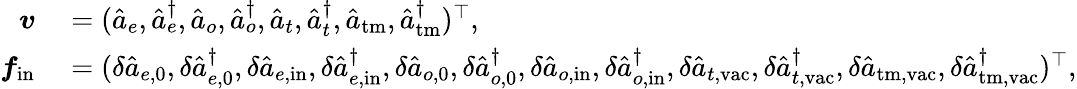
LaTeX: \begin{array}{rl}{\boldsymbol{v}}&{{}=(\hat{a}_{e},\hat{a}_{e}^{\dagger},\hat{a}_{o},\hat{a}_{o}^{\dagger},\hat{a}_{t},\hat{a}_{t}^{\dagger},\hat{a}_{\mathrm{tm}},\hat{a}_{\mathrm{tm}}^{\dagger})^{\top},}\\ {\boldsymbol{f}_{\mathrm{in}}}&{{}=(\delta\hat{a}_{e,\mathrm{0}},\delta\hat{a}_{e,\mathrm{0}}^{\dagger},\delta\hat{a}_{e,\mathrm{in}},\delta\hat{a}_{e,\mathrm{in}}^{\dagger},\delta\hat{a}_{o,\mathrm{0}},\delta\hat{a}_{o,\mathrm{0}}^{\dagger},\delta\hat{a}_{o,\mathrm{in}},\delta\hat{a}_{o,\mathrm{in}}^{\dagger},\delta\hat{a}_{t,\mathrm{vac}},\delta\hat{a}_{t,\mathrm{vac}}^{\dagger},\delta\hat{a}_{\mathrm{tm,vac}},\delta\hat{a}_{\mathrm{tm,vac}}^{\dagger})^{\top},}\end{array}